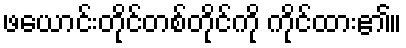
ဖယောင်းတိုင်တစ်တိုင်ကို ကိုင်ထား၏။